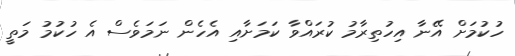
ހުކުމަށް އޭނާ އިހުތިރާމު ކުރައްވާ ކަމަށާއި އެހެން ނަމަވެސް އެ ހުކުމު މަތީ